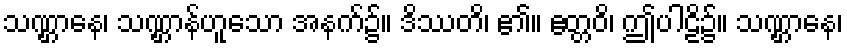
သဏ္ဌာနေ၊ သဏ္ဌာန်ဟူသော အနက်၌။ ဒိဿတိ၊ ၏။ ဧတ္တဝိ၊ ဤပါဠိ၌။ သဏ္ဌာနေ၊